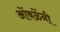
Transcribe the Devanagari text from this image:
ओंबळेंनी